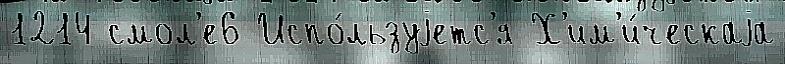
1214 смол'е6 Испо́льзуjетс'я Х'им'и́ческаjа